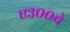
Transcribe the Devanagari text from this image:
ए३००चे